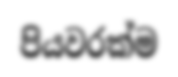
පියවරක්ම